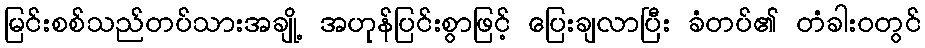
မြင်းစစ်သည်တပ်သားအချို့ အဟုန်ပြင်းစွာဖြင့် ပြေးချလာပြီး ခံတပ်၏ တံခါးဝတွင်